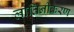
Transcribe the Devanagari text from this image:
लातिनीकरण